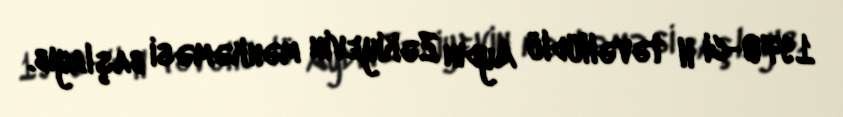
1970-ci il təvəllüdlü Aydın Zəkiyevin məhkəməsi başlayıb.